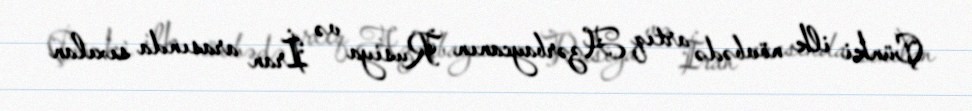
Çünki ilk növbədə artıq Azərbaycanın Rusiya və İran arasında sıxılan